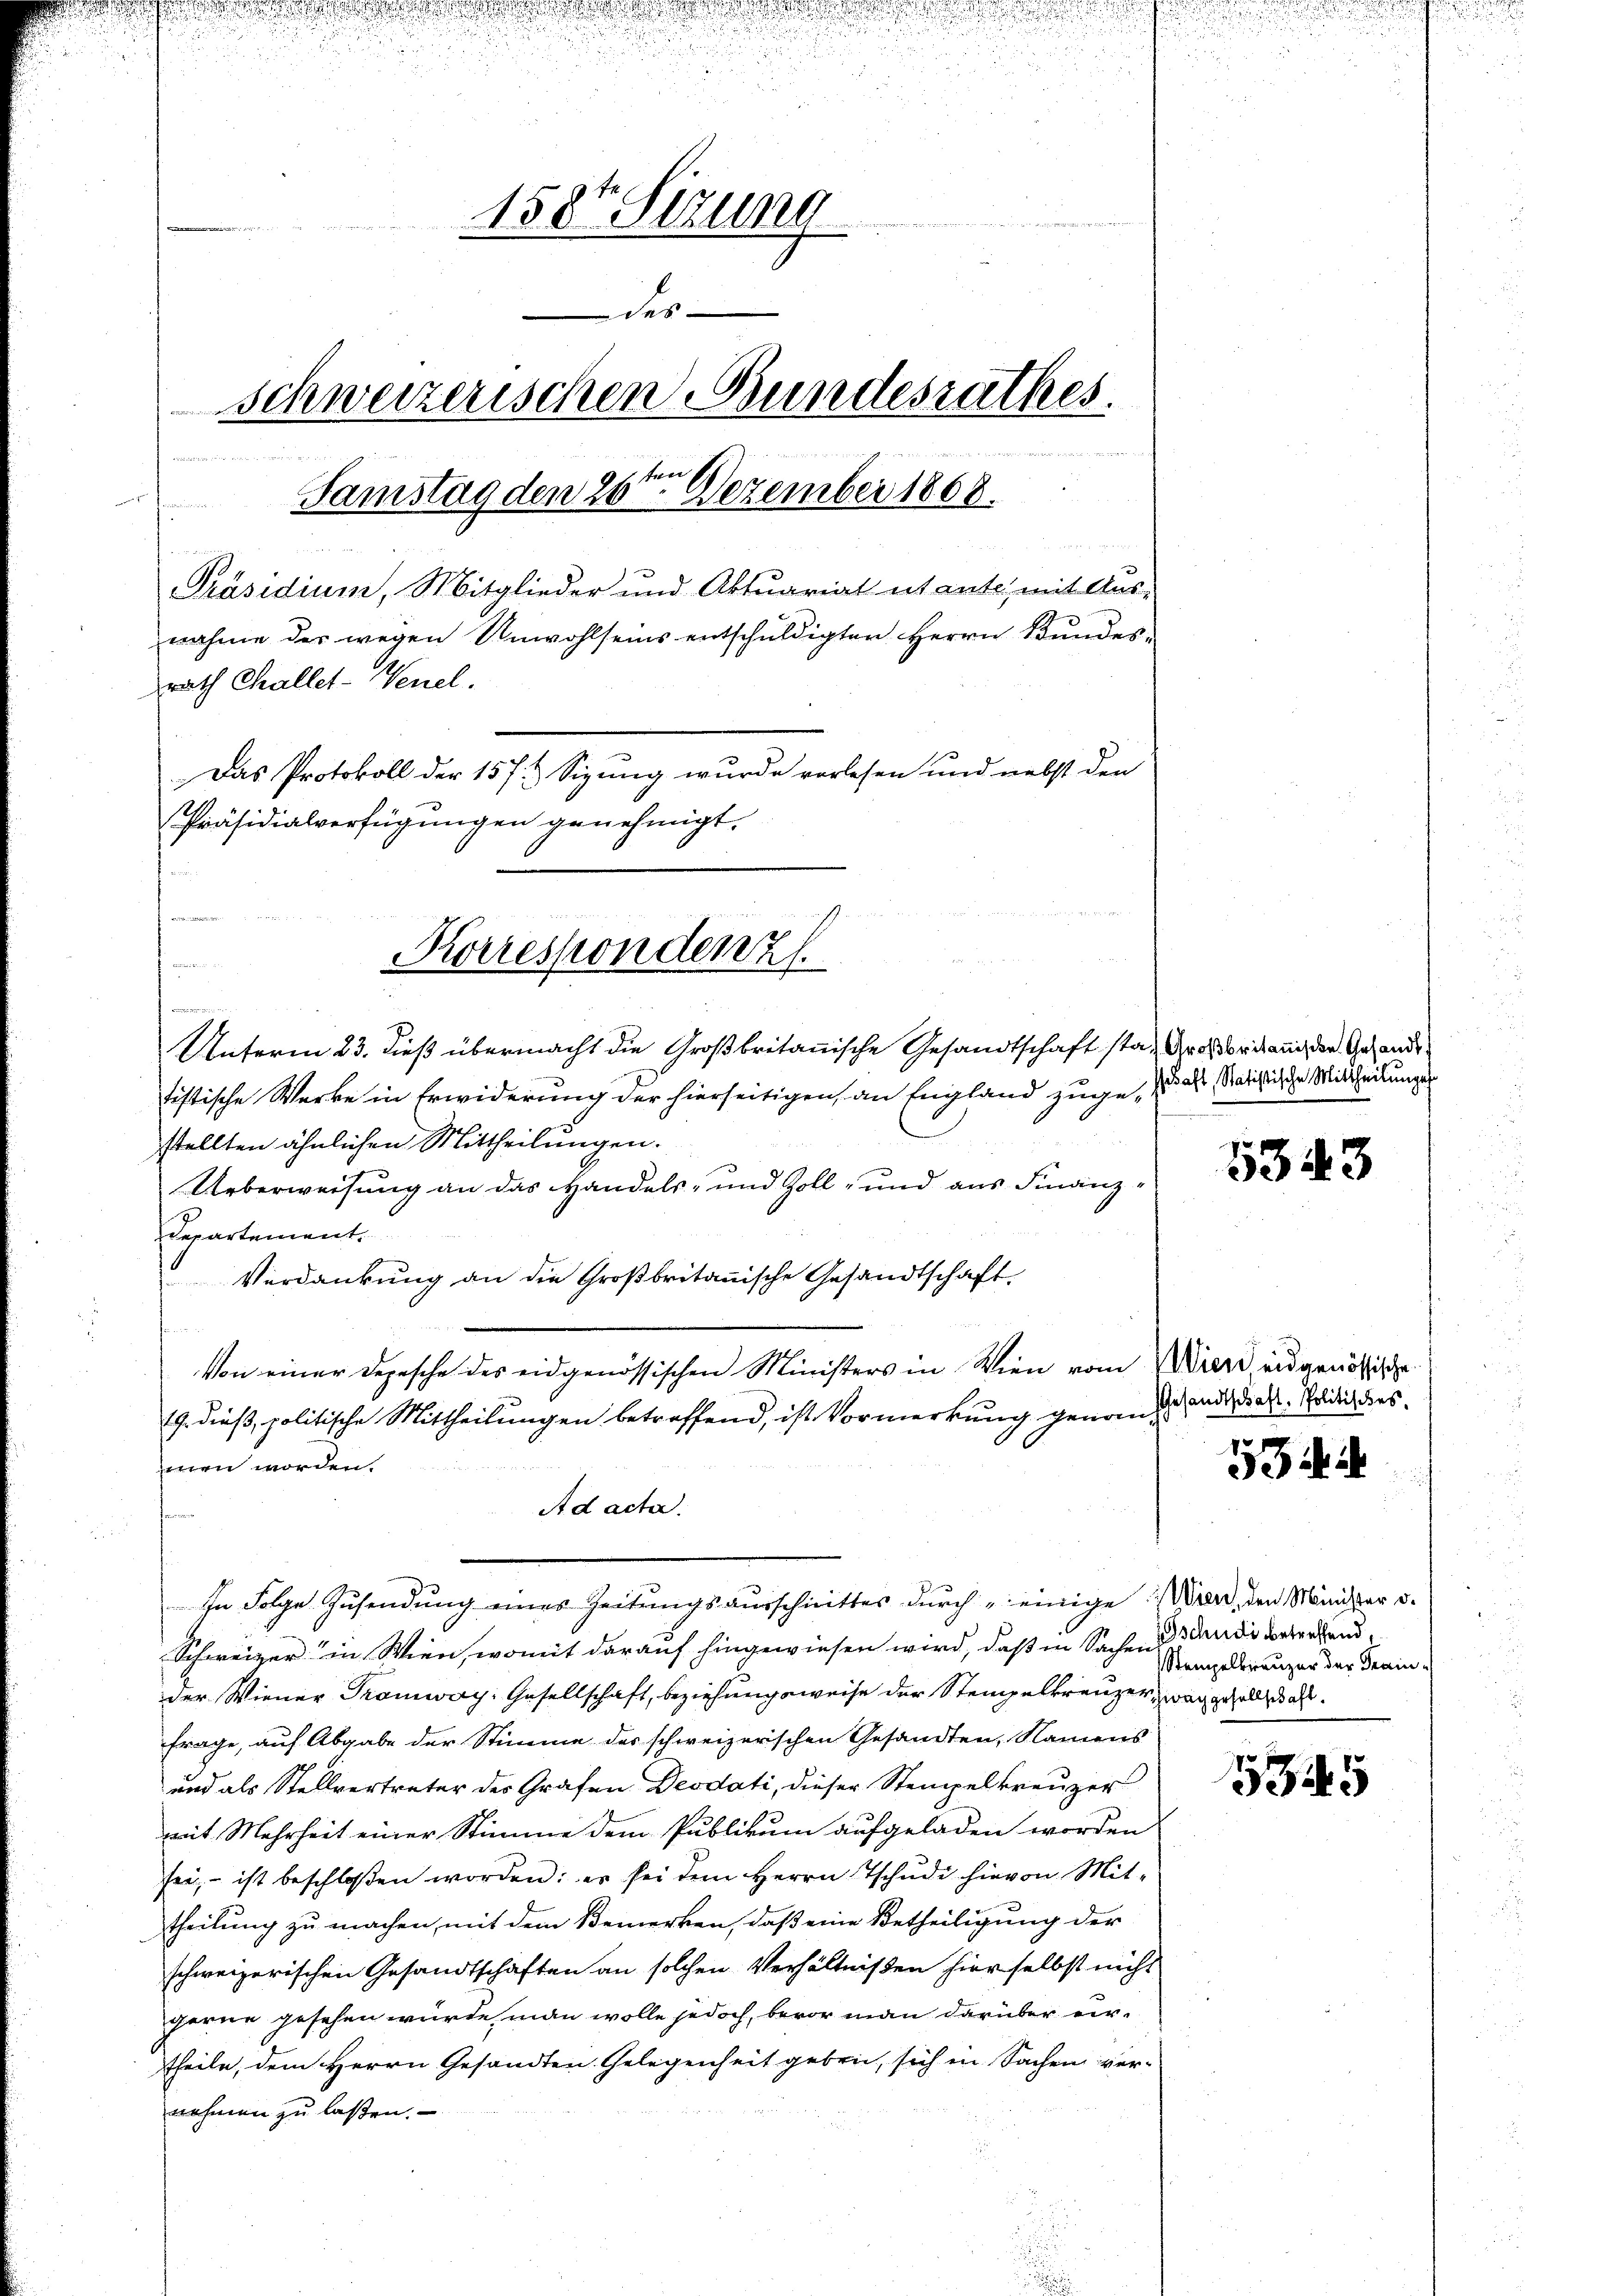
2.

n
n

u
158t Sizung

4
des
schweizerischen Bundesrathes.
inde einen ist einer

Samstag den 26te͇n Dezember 1868.
t
Präsidium, Mitglieder und Aktuariat utante mit Aus-
nahme des wegen Unwohlseins entschuldigten Herrn Bundes
rath Challet-Wenel.
Das Protokoll der 157t Sizung wurde vorlesen und nebst den
Präsidialverfügungen genehmigt.

Unterm 23. dieß übermacht die Großbritannische Gesandtschaft sta, Großbrit auch der Gesandt
tistische Werke in Erwiderung der hierseitigen, an England zuge-
stellten ähnlichen Mittheilungen.
Ueberweisung an das Handels- und Zoll- und aus Finanz¬
Departement
Verdankung an die Großbritannische Gesandtschaft
Von einer Depesche des eidgenössischen Ministers in Wien vom Wierd eidgenössige
19. dieß, politische Mittheilungen betreffend, ist Vormerkung genant und der Erde des
n worden.
Ad acta.
Schweizer in Wien, womit darauf hingewiesen wird, daß in Sachend dandi betretend
der Wiener Tramway: Gesellschaft, beziehungsweise der Stempelkreuzer, war gesell, das
frage, auf Abgabe der Stimme des schweizerischen Gesandten, Namens
und als Stellvertreter des Grafen Desdati, dieser Stempelkreuzer
mit Mehrheit einer Stimme dem Publikum aufgeladen worden
sei- ist beschloßen worden; er sei dem Herrn Tschŭdi hievon Mit-
theilung zu machen, mit dem Bemerken, daß eine Betheiligung der
schweizerischen Gesandtschaften an solchen Verhältnißen hier selbst nicht
gerne gesehen würde, man wolle jedoch, bevor man darüber er-
theile, dem Herrn Gesandten Gelegenheit geben, sich in Sachen vernehmen zu lassen.

n

Korrespondenz

n

In Folge Zusendung eines Zeitungsausschrittes durch „einige Wien, den Minister v.

sehaft, Statistische Mittheilungen

1343

53

Stempelbreuzer der Train¬

545